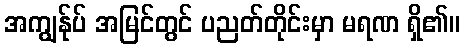
အကျွန်ုပ် အမြင်တွင် ပညတ်တိုင်းမှာ မရဏ ရှိ၏။